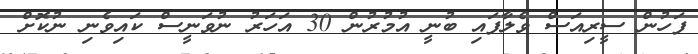
ފަހުން ސީރިއަސް ވެލާފައި ބުނީ އުމުރުން 30 އަހަރު ނުވަނީސް ކައިވެނި ނުކޮށް